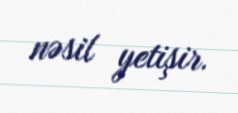
nəsil yetişir.